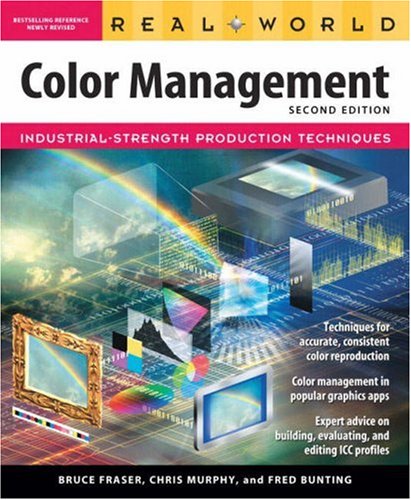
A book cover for Real World Color Management (2nd Edition); Bruce Fraser; Computers & Technology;